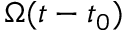
\Omega ( t - t _ { 0 } )